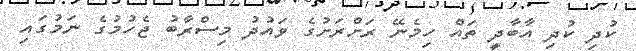
ކުދި ކުދި އާބާދީ ތައް ހިމެނޭ ރަށްރަށުގެ ވައުދު މިސްރާބު ޖެހުމުގެ ނަމުގައި